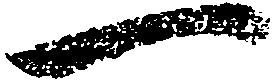
一